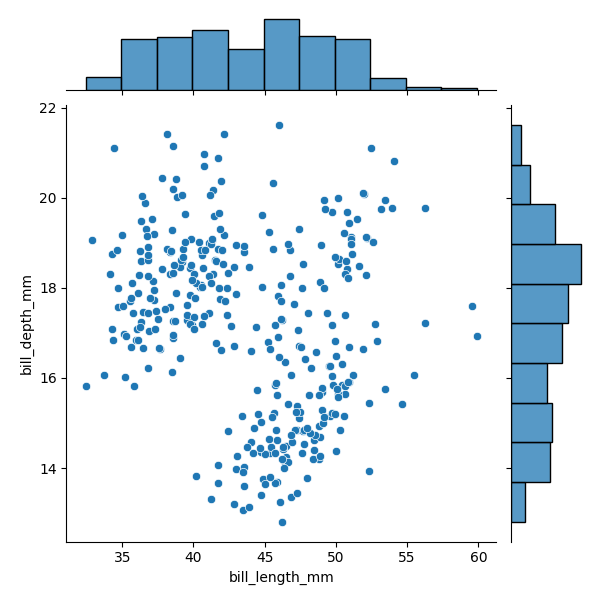
python, seaborn, JointGrid, scatterplot, histplot